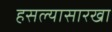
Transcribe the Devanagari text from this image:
हसल्यासारखा